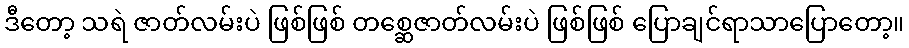
ဒီတော့ သရဲ ဇာတ်လမ်းပဲ ဖြစ်ဖြစ် တစ္ဆေဇာတ်လမ်းပဲ ဖြစ်ဖြစ် ပြောချင်ရာသာပြောတော့။